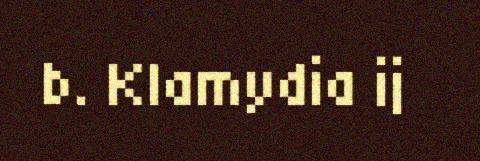
b. Klamydia ij